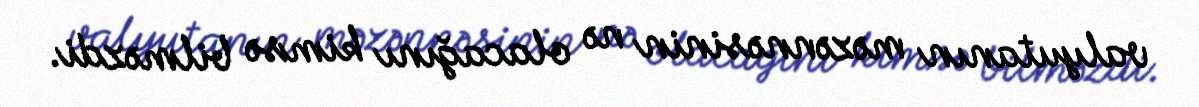
valyutanın məzənnəsinin nə olacağını kimsə bilməzdi.